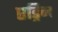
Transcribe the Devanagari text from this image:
एड्रिन